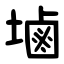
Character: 塷